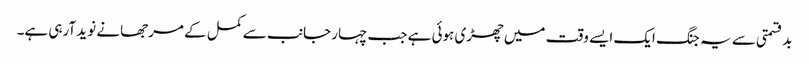
بدقسمتی سے یہ جنگ ایک ایسے وقت میں چھڑی ہوئی ہے جب چہار جانب سے کمل کے مرجھانے نوید آرہی ہے۔